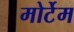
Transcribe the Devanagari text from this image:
मोर्टेम